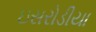
ઇસરોડીયા